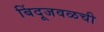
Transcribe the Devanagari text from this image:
बिंदूजवळची